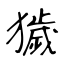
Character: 獩